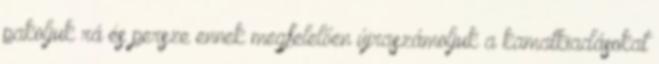
pakoljuk rá és persze ennek megfelelően újraszámoljuk a kamatkiadásokat